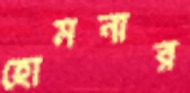
হোমনার